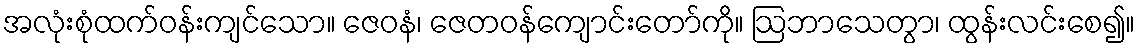
အလုံးစုံထက်ဝန်းကျင်သော။ ဇေဝနံ၊ ဇေတဝန်ကျောင်းတော်ကို။ ဩဘာသေတွာ၊ ထွန်းလင်းစေ၍။